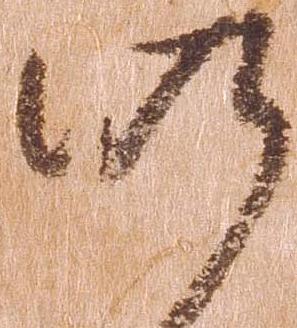
仍